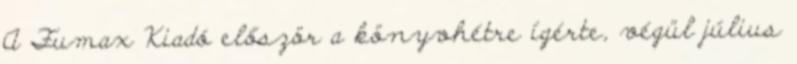
A Fumax Kiadó először a könyvhétre ígérte, végül július